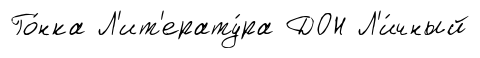
Го́нка Л'ит'ерату́ра ДОН Л'и́чный